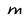
Character: M